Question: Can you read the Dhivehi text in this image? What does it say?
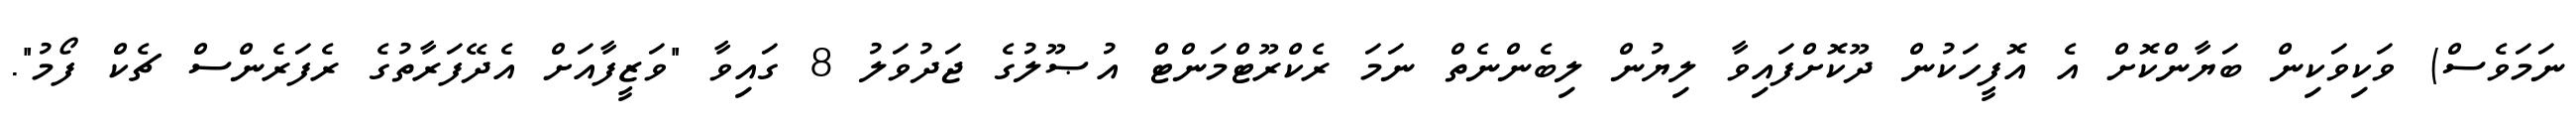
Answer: ނަމަވެސް) ވަކިވަކިން ބަޔާންކޮށް އެ އޮފީހަކުން ދޫކޮށްފައިވާ ލިޔުން ލިބެންނެތް ނަމަ ރެކްރޫޓްމަންޓް އުޞޫލުގެ ޖަދުވަލު 8 ގައިވާ "ވަޒީފާއަށް އެދޭފަރާތުގެ ރެފަރެންސް ޗެކް ފޯމު".